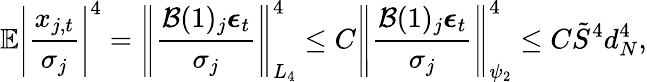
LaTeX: \mathbb{E}\left\lvert\frac{x_{j,t}}{\sigma_{j}}\right\rvert^{4}=\left\lVert\frac{\mathcal{B}(1)_{j}\boldsymbol{\epsilon}_{t}}{\sigma_{j}}\right\rVert_{L_{4}}^{4}\leq C\left\lVert\frac{\mathcal{B}(1)_{j}\boldsymbol{\epsilon}_{t}}{\sigma_{j}}\right\rVert_{\psi_{2}}^{4}\leq C\tilde{S}^{4}d_{N}^{4},